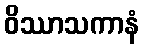
ဝိဿာသကာနံ